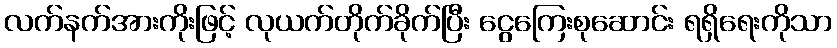
လက်နက်အားကိုးဖြင့် လုယက်တိုက်ခိုက်ပြီး ငွေကြေးစုဆောင်း ရရှိရေးကိုသာ